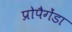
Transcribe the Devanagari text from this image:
प्रोपैगेंडा